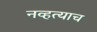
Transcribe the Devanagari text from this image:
नव्हत्याच